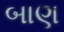
બાણ